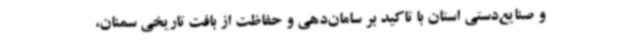
و صنایع‌دستی استان با تاکید بر سامان‌دهی و حفاظت از بافت تاریخی سمنان،